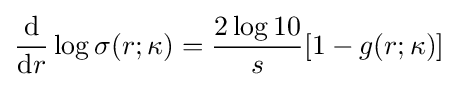
{\frac {\textrm {d}}{{\textrm {d}}r}}\log \sigma (r;\kappa )={\frac {2\log 10}{s}}[1-g(r;\kappa )]